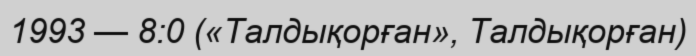
1993 — 8:0 («Талдықорған», Талдықорған)